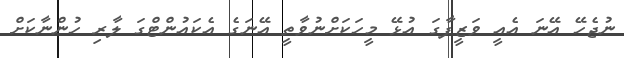
ނުޖެހޭ އޭނަ އެއީ ވަޒީފާގަ އުޅޭ މީހަކަށްނުވާތީ އޭނަގެ އެކައުންޓްގަ ލާރި ހުންނާކަށް